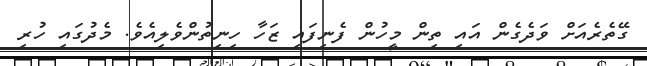
ގޭތެރެއަށް ވަދެގެން އައި ތިން މީހުން ފެނިފައި ޒަހާ ހިނިތުންވެލިއެވެ. މެދުގައި ހުރި